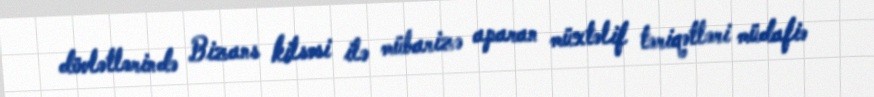
dövlətlərində Bizans kilsəsi ilə mübarizə aparan müxtəlif təriqətləri müdafiə